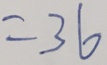
= 3 6